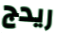
ريدج